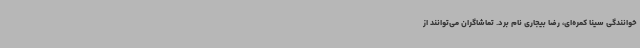
خوانندگی سینا کمره‌ای، رضا بیجاری نام برد. تماشاگران می‌توانند از